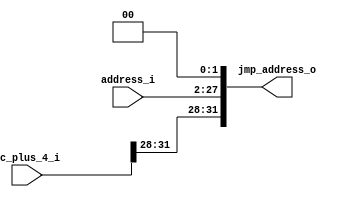
module Jump_Address (
	input [31:0] pc_plus_4_i,
	input [25:0] address_i,
	output [31:0] jmp_address_o
);

assign jmp_address_o = {pc_plus_4_i[31:28], address_i, 2'b00};

endmodule